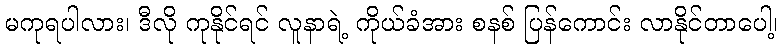
မကုရပါလား၊ ဒီလို ကုနိုင်ရင် လူနာရဲ့ ကိုယ်ခံအား စနစ် ပြန်ကောင်း လာနိုင်တာပေါ့၊